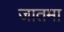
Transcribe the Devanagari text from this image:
जातमा